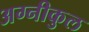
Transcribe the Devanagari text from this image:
अग्‍नीकुल